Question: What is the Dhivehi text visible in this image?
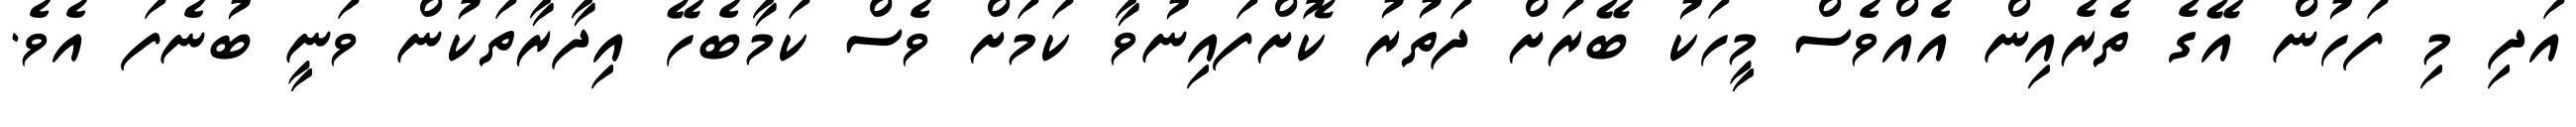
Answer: އަދި މި ފަހުން އޭގެ ތެރެއިން އެއްވެސް މީހަކު ބޭރަށް ދަތުރު ކޮށްފައިނުވާ ކަމަށް ވެސް ކަމާބެހޭ އިދާރާތަކުން ވަނީ ބުނެފަ އެވެ.